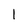
Character: 1